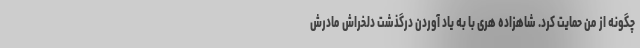
چگونه از من حمایت کرد. شاهزاده هری با به یاد آوردن درگذشت دلخراش مادرش